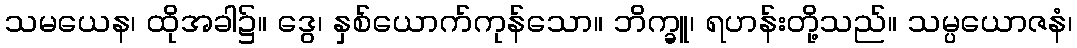
သမယေန၊ ထိုအခါ၌။ ဒွေ၊ နှစ်ယောက်ကုန်သော။ ဘိက္ခူ၊ ရဟန်းတို့သည်။ သမ္ပယောဇနံ၊